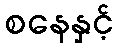
စနေနှင့်